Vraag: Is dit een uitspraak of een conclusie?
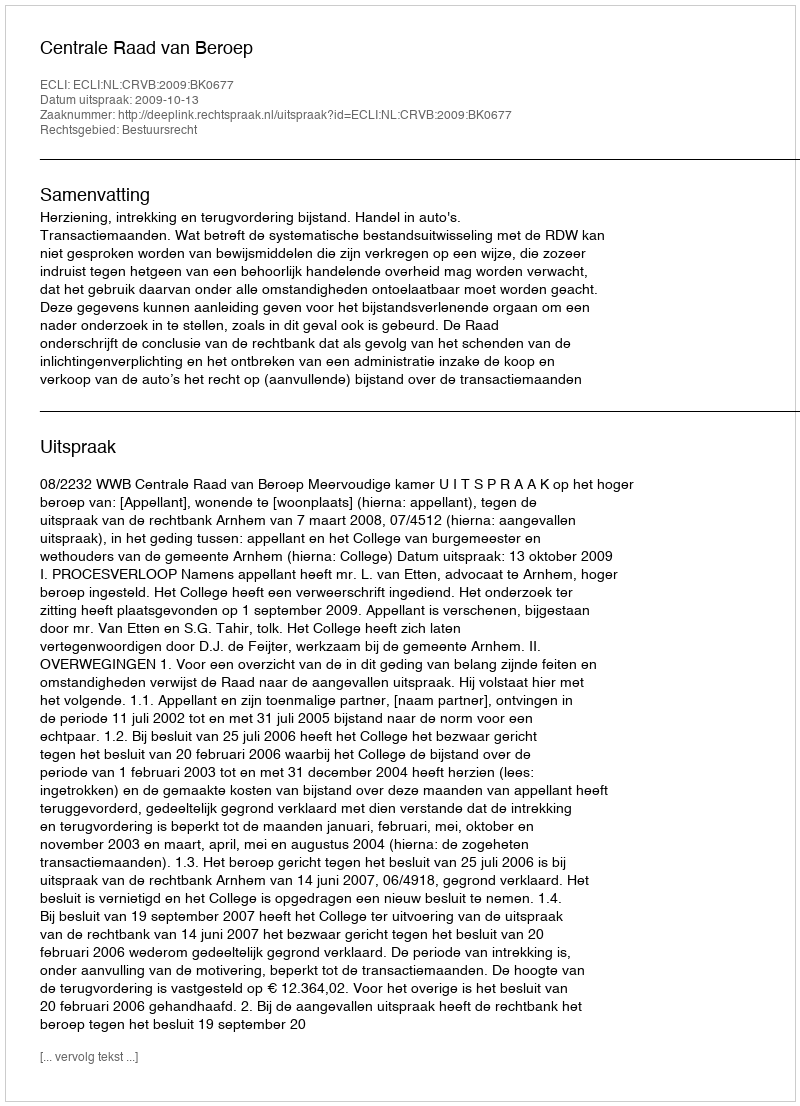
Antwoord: Uitspraak